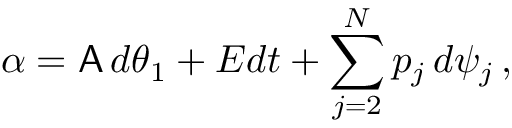
\alpha = \mathsf { A } \, d \theta _ { 1 } + E d t + \sum _ { j = 2 } ^ { N } p _ { j } \, d \psi _ { j } \, ,